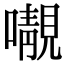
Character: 𡃁